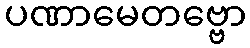
ပဏာမေတဗ္ဗော